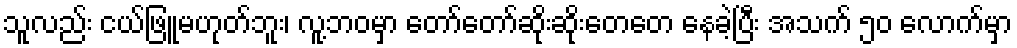
သူလည်း ငယ်ဖြူမဟုတ်ဘူး၊ လူ့ဘဝမှာ တော်တော်ဆိုးဆိုးတေတေ နေခဲ့ပြီး အသက် ၅၀ လောက်မှာ